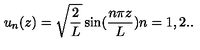
u _ { n } ( z ) = \sqrt { \frac { 2 } { L } } \sin ( \frac { n \pi z } { L } ) n = 1 , 2 . .